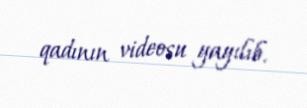
qadının videosu yayılıb.